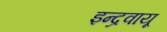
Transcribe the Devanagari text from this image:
इन्द्रवायू